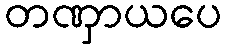
တဏှာယပေ